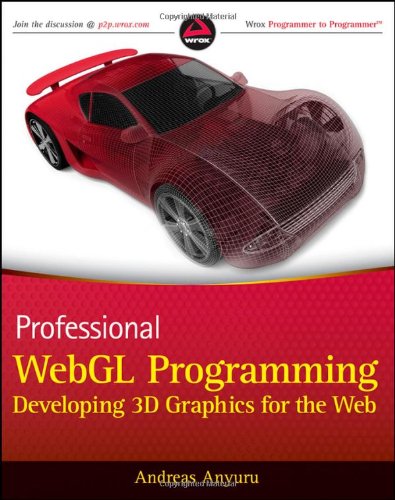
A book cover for Professional WebGL Programming: Developing 3D Graphics for the Web; Andreas Anyuru; Computers & Technology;